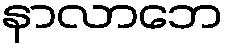
နာလာဘေ